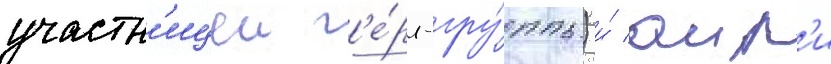
участн'ицеи г'е́рл-гру́ппы) и́ аир'и